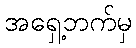
အရှေ့ဘက်မှ